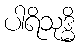
ပါရိသုဒ္ဓိ